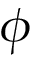
\phi